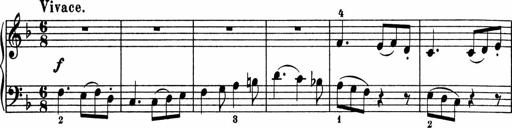
Title: 5 Sonatinen fÃ¼r die Jugend
Composer: Carl Reinecke